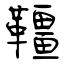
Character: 韁